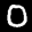
Label: 0